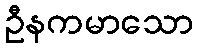
ဦနကမာသော